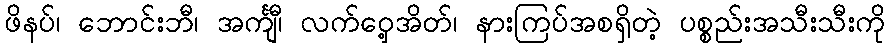
ဖိနပ်၊ ဘောင်းဘီ၊ အင်္ကျီ၊ လက်ဝှေ့အိတ်၊ နားကြပ်အစရှိတဲ့ ပစ္စည်းအသီးသီးကို